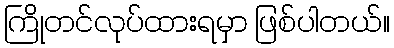
ကြိုတင်လုပ်ထားရမှာ ဖြစ်ပါတယ်။